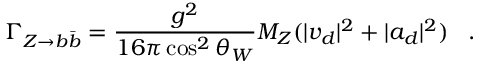
\Gamma _ { Z \rightarrow b \bar { b } } = \frac { g ^ { 2 } } { 1 6 \pi \cos ^ { 2 } \theta _ { W } } M _ { Z } ( | v _ { d } | ^ { 2 } + | a _ { d } | ^ { 2 } ) \; \; \; .